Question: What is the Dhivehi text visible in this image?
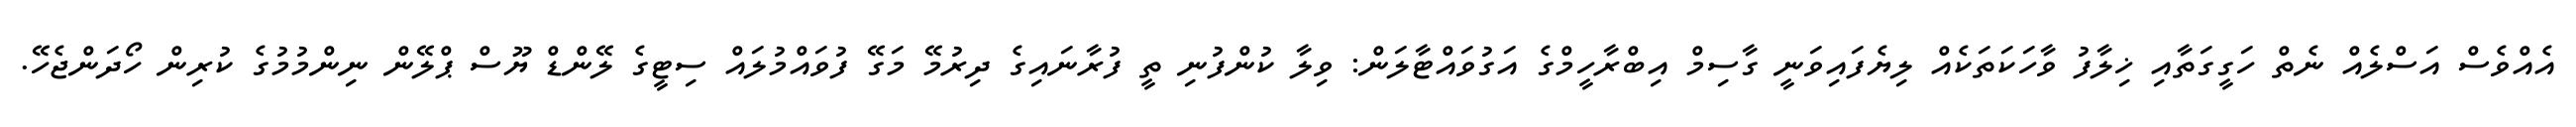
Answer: އެއްވެސް އަސްލެއް ނެތް ހަގީގަތާއި ޚިލާފު ވާހަކަތަކެއް ލިޔެފައިވަނީ ގާސިމް އިބްރާހީމްގެ އަގުވައްޓާލަން: ވިލާ ކުންފުނި ތީ ފުރާނައިގެ ދިރުމޭ މަގޭ ފުވައްމުލައް ސިޓީގެ ލޭންޑް ޔޫސް ޕްލޭން ނިންމުމުގެ ކުރިން ހޯދަންޖެހޭ.